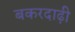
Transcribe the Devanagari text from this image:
बकरदाढ़ी